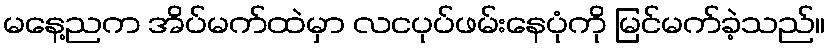
မနေ့ညက အိပ်မက်ထဲမှာ လငပုပ်ဖမ်းနေပုံကို မြင်မက်ခဲ့သည်။